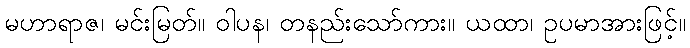
မဟာရာဇ၊ မင်းမြတ်။ ဝါပန၊ တနည်းသော်ကား။ ယထာ၊ ဥပမာအားဖြင့်။